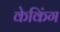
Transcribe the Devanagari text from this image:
केकिंग